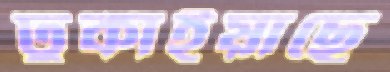
ঢুকাইয়াছে